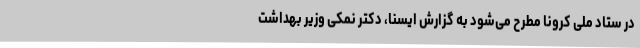
در ستاد ملی کرونا مطرح می‌شود به گزارش ایسنا، دکتر نمکی وزیر بهداشت